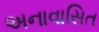
અનાવાસિત